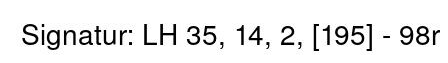
Signatur: LH 35, 14, 2, [195] - 98r